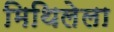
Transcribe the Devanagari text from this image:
मिथिलेला